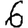
Digit: 6